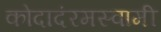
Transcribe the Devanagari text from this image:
कोदादंरमस्वामी